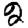
Digit: 2